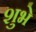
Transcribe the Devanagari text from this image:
शुभे